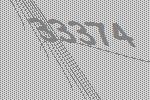
33374